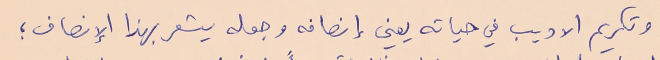
وتكريم الاديب في حياته يعني إنصافه وجعله يشعر بهذا الإنصاف ؛